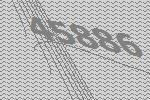
45886